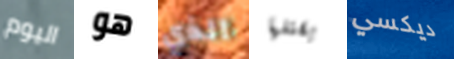
اليوم هو الذي يقتلها ديكسي